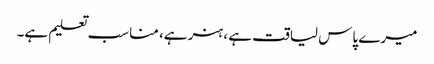
میرے پاس لیاقت ہے ، ہنر ہے، مناسب تعلیم ہے۔